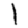
Digit: 1